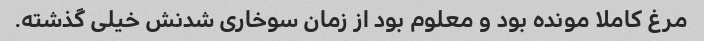
مرغ کاملا مونده بود و معلوم بود از زمان سوخاری شدنش خیلی گذشته.